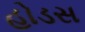
હોડસ